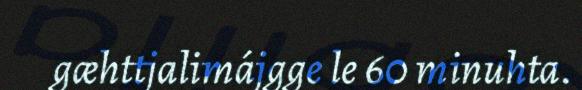
gæhttjalimájgge le 60 minuhta.